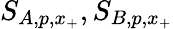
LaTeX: S_{A,p,x_{+}},S_{B,p,x_{+}}